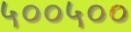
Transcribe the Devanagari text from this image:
५००५००